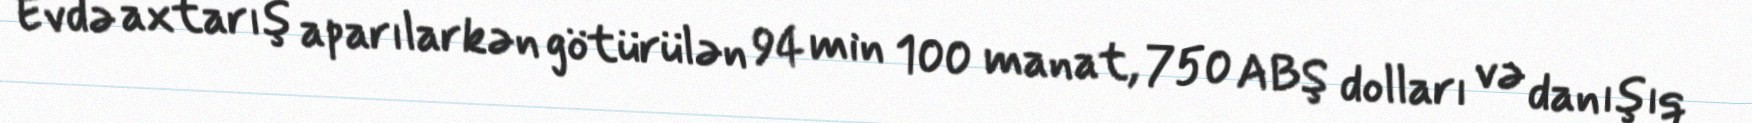
Evdə axtarış aparılarkən götürülən 94 min 100 manat, 750 ABŞ dolları və danışıq